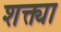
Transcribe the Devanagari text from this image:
शक्त्या